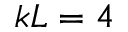
k L = 4